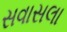
સવાસલા